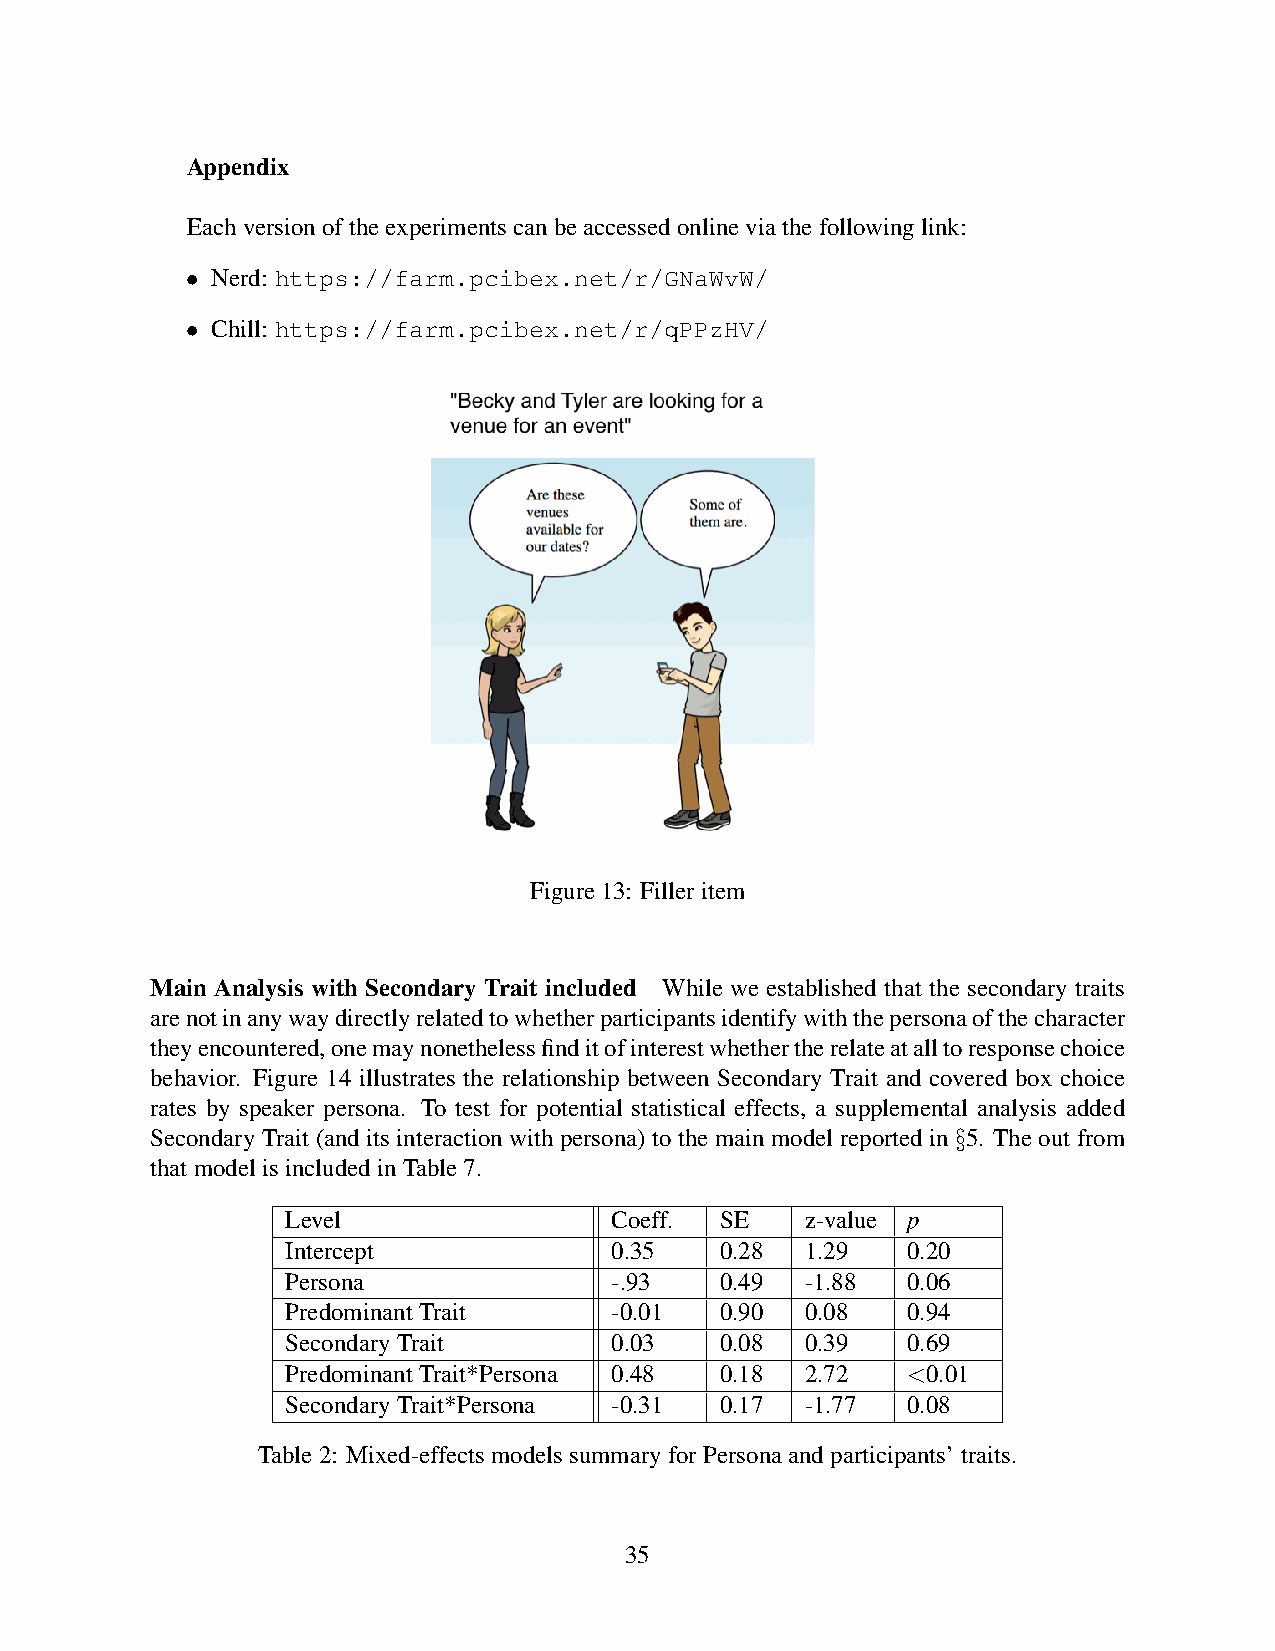
Appendix
 Eachversionoftheexperimentscanbeaccessedonlineviathefollowinglink:
 • Nerd: https://farm.pcibex.net/r/GNaWvW/
 • Chill: https://farm.pcibex.net/r/qPPzHV/
 Figure13: Filleritem
 Main Analysis with Secondary Trait included While we established that the secondary traits
 arenotinanywaydirectlyrelatedtowhetherparticipantsidentifywiththepersonaofthecharacter
 theyencountered,onemaynonethelessfinditofinterestwhethertherelateatalltoresponsechoice
 behavior. Figure 14 illustrates the relationship between Secondary Trait and covered box choice
 rates by speaker persona. To test for potential statistical effects, a supplemental analysis added
 Secondary Trait (and its interaction with persona) to the main model reported in §5. The out from
 thatmodelisincludedinTable7.
 Level                Coeff.  SE   z-value p
 Intercept            0.35    0.28 1.29   0.20
 Persona              -.93    0.49 -1.88  0.06
 PredominantTrait     -0.01   0.90 0.08   0.94
 SecondaryTrait       0.03    0.08 0.39   0.69
 PredominantTrait*Persona 0.48 0.18 2.72  <0.01
 SecondaryTrait*Persona -0.31 0.17 -1.77  0.08
 Table2: Mixed-effectsmodelssummaryforPersonaandparticipants’traits.
 35